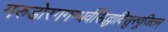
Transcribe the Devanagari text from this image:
गरुडोरगगन्धर्वसिद्धादिसुरपूजितम्